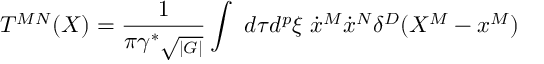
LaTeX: T ^ { M N } ( X ) = { \frac { 1 } { \pi \gamma ^ { \ast } \sqrt { _ { | G | } } } } \int ~ d \tau d ^ { p } \xi \; \dot { x } ^ { M } \dot { x } ^ { N } \delta ^ { D } ( X ^ { M } - x ^ { M } )